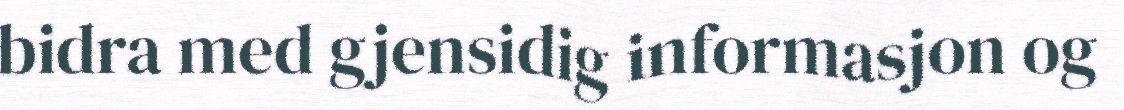
bidra med gjensidig informasjon og